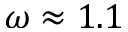
\omega \approx 1 . 1